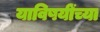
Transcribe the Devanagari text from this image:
याविषयींच्या